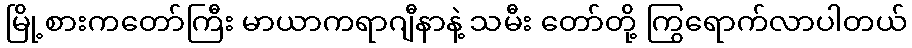
မြို့စားကတော်ကြီး မာယာကရာဂျီနာနဲ့ သမီး တော်တို့ ကြွရောက်လာပါတယ်